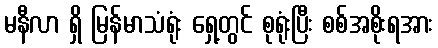
မနီလာ ရှိ မြန်မာသံရုံး ရှေ့တွင် စုရုံးပြီး စစ်အစိုးရအား